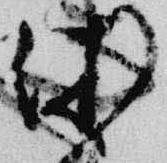
休